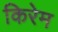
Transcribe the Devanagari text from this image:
किरेम